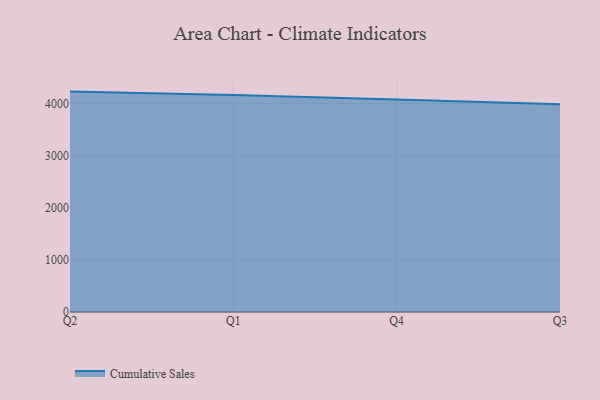
{"axis": {"x": "Quarter", "y": "Population (Million)"}, "legend": ["Cumulative Sales"], "data": [{"x": "Q2", "y": 4227.6, "type": "Cumulative Sales"}, {"x": "Q1", "y": 4161.9, "type": "Cumulative Sales"}, {"x": "Q4", "y": 4075.9, "type": "Cumulative Sales"}, {"x": "Q3", "y": 3984.4, "type": "Cumulative Sales"}]}